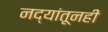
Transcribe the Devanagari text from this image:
नद्यांतूनही